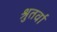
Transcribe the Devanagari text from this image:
श्रुतर्वा